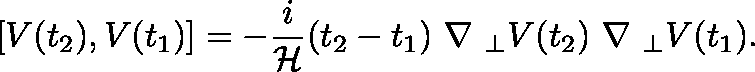
[ V ( t _ { 2 } ) , V ( t _ { 1 } ) ] = - \frac { i } { { \cal H } } ( t _ { 2 } - t _ { 1 } ) \mathrm { \boldmath ~ \nabla ~ } _ { \perp } V ( t _ { 2 } ) \mathrm { \boldmath ~ \nabla ~ } _ { \perp } V ( t _ { 1 } ) .